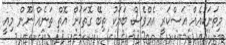
މިތަނަކުއެއް އަސްކަރީ އެއްވެސް ބަޔަކު ތިބޭ ގޮތަކަށް އޮތް ތަނެއް ނޫން މިއީ.